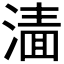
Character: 𰜲